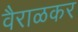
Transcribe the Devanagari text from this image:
वैराळकर